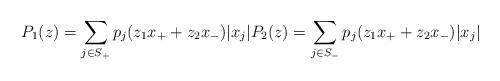
LaTeX: \begin{align*}P_1(z) = \sum_{j\in S_{+}} p_j(z_1x_+ + z_2 x_{-}) |x_j| P_2(z) = \sum_{j\in S_{-}} p_j(z_1x_+ + z_2 x_{-}) |x_j|\end{align*}